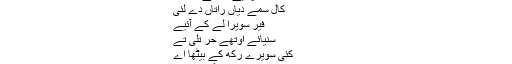
کربل چلئیے جا کے اوتھوں
کال سمے دیاں راتاں دے لئی
فیر سویرا لے کے آئیے
سنیائے اوتھے حُر تلی تے
کئی سویرے رکھ کے بیٹھا اے
خاں صا حب کی حکو مت کے گزرتے دن